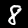
Label: 8